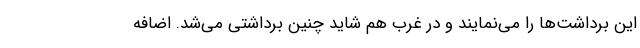
این برداشت‌ها را می‌نمایند و در غرب هم شاید چنین برداشتی می‌شد. اضافه